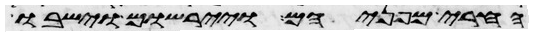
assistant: החרי מפניהם ויירשום וישבו